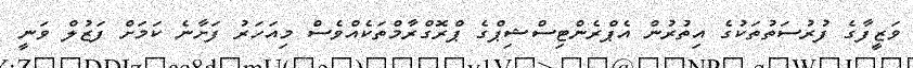
ވަޒީފާގެ ފުރުސަތުތަކުގެ އިތުރުން އެޕްރެންޓިސްޝިޕްގެ ޕްރޮގްރާމްތަކެއްވެސް މިއަހަރު ފަށާނެ ކަމަށް ފަޒުލް ވަނީ